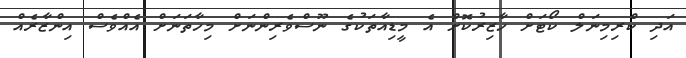
އަދި ކްރިމިނަލް ކޯޓަށް ހާޒިރުކޮށް އެ މީޑިއާތަކުގެ ނޫސްވެރިންނަށް މިހާތަނަށް އެއްވެސް އިންޒާރެއް